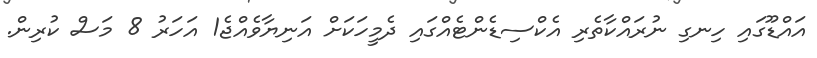
އައްޑޫގައި ހިނގި ނުރައްކާތެރި އެކްސިޑެންޓެއްގައި ދެމީހަކަށް އަނިޔާވެއްޖެ1 އަހަރު 8 މަސް ކުރިން.